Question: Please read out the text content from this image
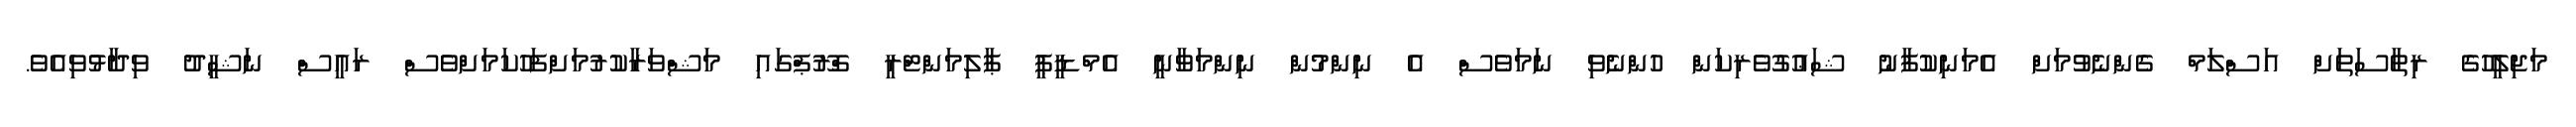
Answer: މަޖިލީހުގެ ރިޠާސަތަށް އަސްލަމް ގެންނެވުމަށް އެމަނިކުފާނު ޝަޢުގުވެރިކަން ހުންނެވި ނަމަވެސް އެ ނިންމުން ނިންމަވާނީ އެމްޑީޕީ ޕާލިމަންޓްރީ ގްރޫޕްގައި މަޝްވަރާކުރުމަށްފަހުކަމަށްވެސް ރައީސް ނަޝީދު ވިދާޅުވިއެވެ.